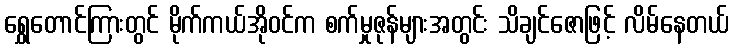
ရွှေတောင်ကြားတွင် မိုက်ကယ်အိုဝင်က စက်မှုဇုန်များအတွင်း သိချင်ဇောဖြင့် လိမ်နေတယ်